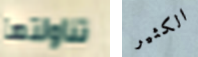
تناولتها الكثير